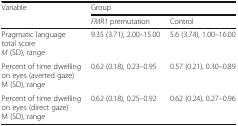
<table><thead><tr><td rowspan="2"><b>Variable</b></td><td colspan="2"><b>Group</b></td></tr><tr><td><b><i>FMR1</i> premutation</b></td><td><b>Control</b></td></tr></thead><tbody><tr><td>Pragmatic language total score<i>M</i> (SD), range</td><td>9.35 (3.71), 2.00–15.00</td><td>5.6 (3.74), 1.00–16.00</td></tr><tr><td>Percent of time dwelling on eyes (averted gaze)M (SD), range</td><td>0.62 (0.18), 0.23–0.95</td><td>0.57 (0.21), 0.30–0.89</td></tr><tr><td>Percent of time dwelling on eyes (direct gaze)M (SD), range</td><td>0.62 (0.18), 0.25–0.92</td><td>0.62 (0.24), 0.27–0.96</td></tr></tbody></table>